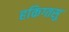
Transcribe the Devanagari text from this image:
हकिग्तसु